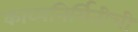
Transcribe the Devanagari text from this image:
काव्यनिर्मितीची